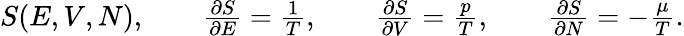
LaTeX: \begin{array}{r}{S(E,V,N),\qquad\frac{\partial S}{\partial E}=\frac{1}{T},\qquad\frac{\partial S}{\partial V}=\frac{p}{T},\qquad\frac{\partial S}{\partial N}=-\frac{\mu}{T}.}\end{array}